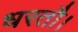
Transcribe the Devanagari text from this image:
धरतौ।